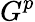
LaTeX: G^{p}